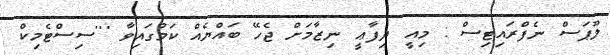
ލޫޕަސް ނެފްރައިޓިސް : މިއީ ދިފާޢީ ނިޒާމަށް ޖެހޭ ބައްޔެއް ކަމުގައިވާ '''ސިސްޓެމިކް